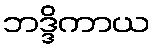
ဘဒ္ဒိကာယ